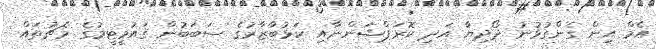
އެމް އިން ގެންގުޅުނު ދޯދިޔާ އަދި ކޮރަޕްޝަންނާއި ކަޅުބާޒާރުގެ ސަބަބުން ޤައުމީޓީމުގެ މެޗުތައް